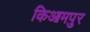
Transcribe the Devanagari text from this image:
किआमपुर